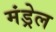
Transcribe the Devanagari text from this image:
मंड्रेल